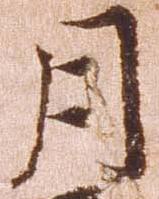
月